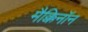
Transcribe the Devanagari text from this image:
मैक्किनॉन